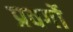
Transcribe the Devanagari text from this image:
प्रवर्गो